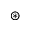
\circledast